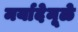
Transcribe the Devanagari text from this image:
मर्यादेमूळे